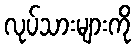
လုပ်သားများကို